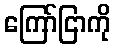
ကြော်ငြာကို